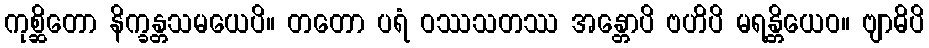
ကုစ္ဆိတော နိက္ခန္တသမယေပိ။ တတော ပရံ ဝဿသတဿ အန္တောပိ ဗဟိပိ မရန္တိယေဝ။ ဗျာဓိပိ